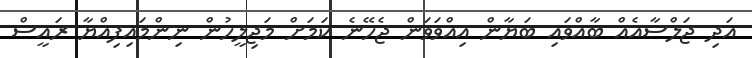
އަދި ޖަލްސާއެއް ބާއްވައި ބަޔާން އިއްވަވަން ޖެހޭނެ ކަމަށް މަޖިލީހުން ނިންމައިފިއްޔާ ރައީސް